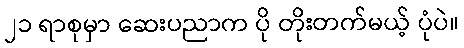
၂၁ ရာစုမှာ ဆေးပညာက ပို တိုးတက်မယ့် ပုံပဲ။